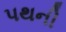
પથની